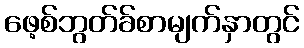
ဖေ့စ်ဘွတ်ခ်စာမျက်နှာတွင်